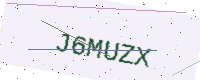
Text: J6MUZX